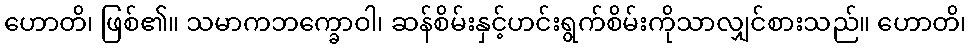
ဟောတိ၊ ဖြစ်၏။ သမာကဘက္ခောဝါ၊ ဆန်စိမ်းနှင့်ဟင်းရွက်စိမ်းကိုသာလျှင်စားသည်။ ဟောတိ၊